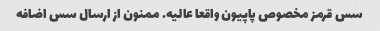
سس قرمز مخصوص پاپیون واقعا عالیه. ممنون از ارسال سس اضافه